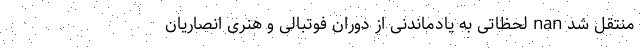
منتقل شد nan لحظاتی به یادماندنی از دوران فوتبالی و هنری انصاریان